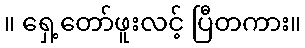
။ ရှေ့တော်ဖူးလင့် ပြီတကား။